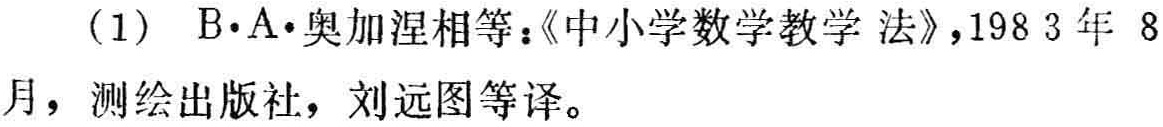
(1) B$\cdot$A$\cdot$奥加涅相等：《中小学数学教学法》，1983 年 8月，测绘出版社，刘远图等译。